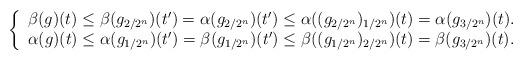
LaTeX: \begin{align*}\left\{\begin{array}{ll}\beta(g)(t)\leq \beta(g_{2/2^n})(t')=\alpha(g_{2/2^n})(t')\leq \alpha((g_{2/2^n})_{1/2^n})(t)=\alpha(g_{3/2^n})(t).\\\alpha(g)(t)\leq \alpha(g_{1/2^n})(t')=\beta(g_{1/2^n})(t')\leq \beta((g_{1/2^n})_{2/2^n})(t)=\beta(g_{3/2^n})(t).\end{array}\right.\end{align*}